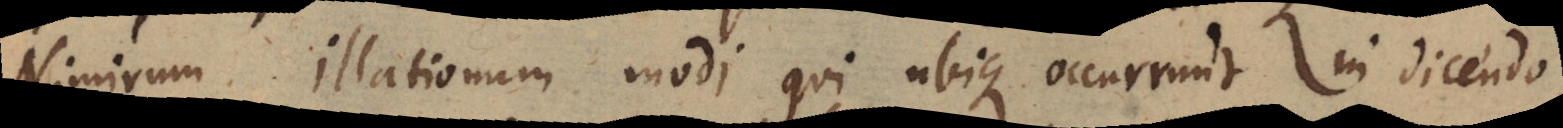
Nimirum illationum modi qui ubique occurrunt in dicendo